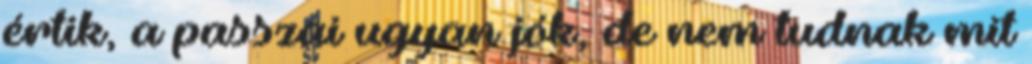
értik, a passzai ugyan jók, de nem tudnak mit